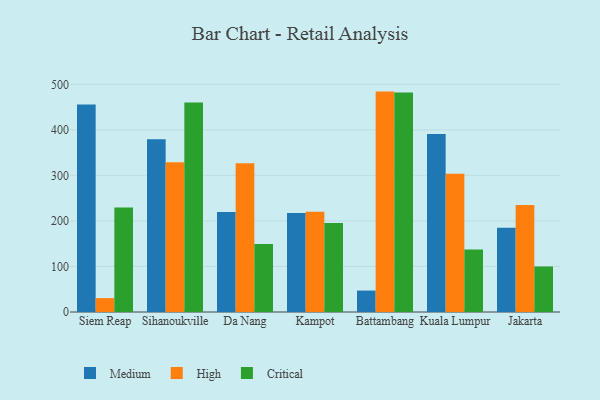
{"axis": {"x": "City", "y": "Bounce Rate (%)"}, "legend": ["Critical", "High", "Medium"], "data": [{"x": "Siem Reap", "y": 455.9, "type": "Medium"}, {"x": "Siem Reap", "y": 30.5, "type": "High"}, {"x": "Siem Reap", "y": 229.4, "type": "Critical"}, {"x": "Sihanoukville", "y": 379.5, "type": "Medium"}, {"x": "Sihanoukville", "y": 328.7, "type": "High"}, {"x": "Sihanoukville", "y": 460.1, "type": "Critical"}, {"x": "Da Nang", "y": 219.9, "type": "Medium"}, {"x": "Da Nang", "y": 326.8, "type": "High"}, {"x": "Da Nang", "y": 149.5, "type": "Critical"}, {"x": "Kampot", "y": 217.6, "type": "Medium"}, {"x": "Kampot", "y": 220.1, "type": "High"}, {"x": "Kampot", "y": 195.6, "type": "Critical"}, {"x": "Battambang", "y": 47.1, "type": "Medium"}, {"x": "Battambang", "y": 484.1, "type": "High"}, {"x": "Battambang", "y": 482.2, "type": "Critical"}, {"x": "Kuala Lumpur", "y": 390.9, "type": "Medium"}, {"x": "Kuala Lumpur", "y": 303.8, "type": "High"}, {"x": "Kuala Lumpur", "y": 137.4, "type": "Critical"}, {"x": "Jakarta", "y": 185.2, "type": "Medium"}, {"x": "Jakarta", "y": 234.9, "type": "High"}, {"x": "Jakarta", "y": 100.0, "type": "Critical"}]}